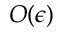
O ( \epsilon )